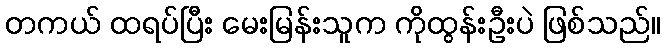
တကယ် ထရပ်ပြီး မေးမြန်းသူက ကိုထွန်းဦးပဲ ဖြစ်သည်။